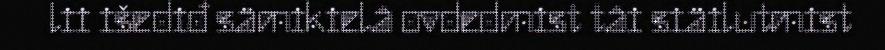
lii išediđ sämikielâ ovdedmist tâi siäilutmist